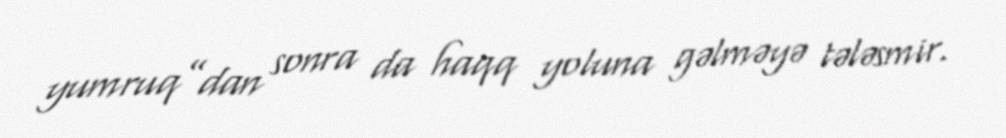
yumruq”dan sonra da haqq yoluna gəlməyə tələsmir.